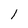
Character: 1